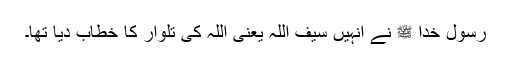
رسول خدا ﷺ نے انہیں سیف اللہ یعنی اللہ کی تلوار کا خطاب دیا تھا۔